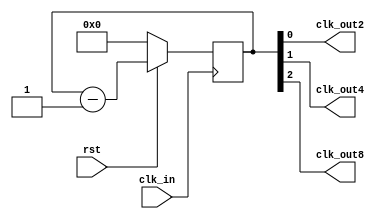
/*
 * VL37 
 *  D2/4/850%
 * rst
 */

`timescale 1ns/1ns

module even_div
    (
    input     wire rst ,
    input     wire clk_in,
    output    wire clk_out2,
    output    wire clk_out4,
    output    wire clk_out8
    );
    reg [3:0] cnt_reg = 4'h0, cnt_next;
    wire clk_out1;
    assign {clk_out8, clk_out4, clk_out2} = cnt_reg; 
    always @(*) begin
        cnt_next = cnt_reg - 1;
    end
    always @(posedge clk_in) begin
        if (~rst) begin
            cnt_reg <= 4'h0;
        end else begin
            cnt_reg <= cnt_next;
        end
    end
endmodule